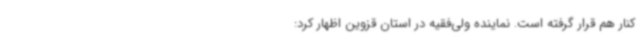
کنار هم قرار گرفته است. نماینده ولی‌فقیه در استان قزوین اظهار کرد: